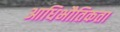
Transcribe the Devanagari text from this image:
आधिभौतिकता